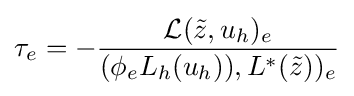
\tau _{e}=-{\frac {{\mathcal {L}}({\tilde {z}},u_{h})_{e}}{(\phi _{e}L_{h}(u_{h})),L^{*}({\tilde {z}}))_{e}}}